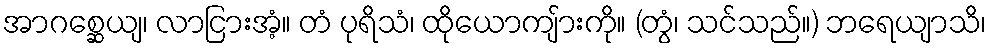
အာဂစ္ဆေယျ၊ လာငြားအံ့။ တံ ပုရိသံ၊ ထိုယောကျ်ားကို။ (တွံ၊ သင်သည်။) ဘရေယျာသိ၊